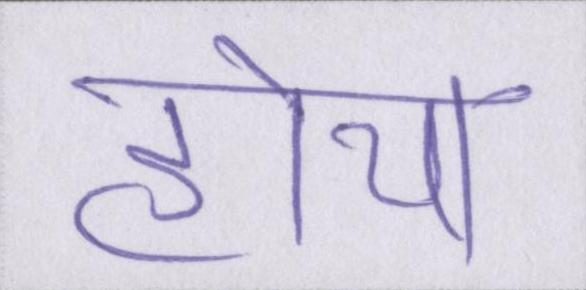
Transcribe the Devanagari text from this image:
होया